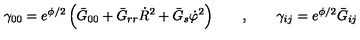
\gamma _ { 0 0 } = e ^ { \phi / 2 } \left( \bar { G } _ { 0 0 } + \bar { G } _ { r r } \dot { R } ^ { 2 } + \bar { G } _ { s } \dot { \varphi } ^ { 2 } \right) \qquad , \qquad \gamma _ { i j } = e ^ { \phi / 2 } \bar { G } _ { i j }